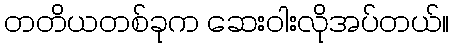
တတိယတစ်ခုက ဆေးဝါးလိုအပ်တယ်။